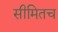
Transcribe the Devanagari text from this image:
सीमितच